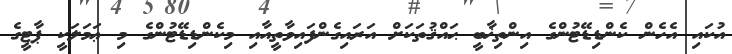
އުކައި އެހެން ކެންޑިޑޭޓުންގެ އިންތިޚާބީ ޙައްޤުތަކަށް އަރައިގެންފައިވާތީއާއި މިކެންޑިޑޭޓުންގެ މި ޢަމަލަކީ ޕާޓީގެ